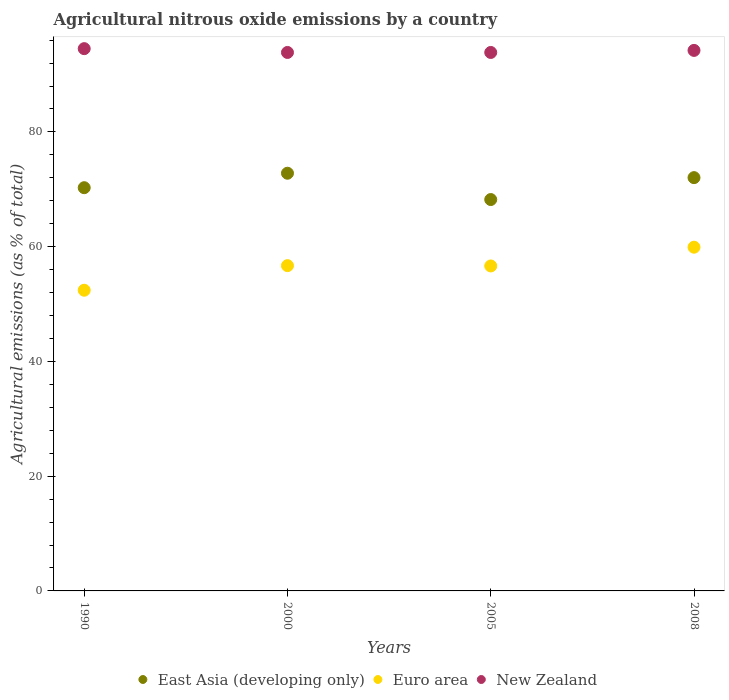
| Years | East Asia (developing only) | Euro area | New Zealand |
 | --- | --- | --- | --- |
 | 1990 | 70.3 | 52.4 | 94.5 |
 | 2000 | 72.8 | 56.7 | 93.8 |
 | 2005 | 68.2 | 56.6 | 93.8 |
 | 2008 | 72 | 59.9 | 94.2 |